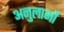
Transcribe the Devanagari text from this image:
अनुलाभों